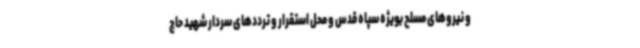
و نیروهای مسلح بویژه سپاه قدس و محل استقرار و ترددهای سردار شهید حاج